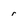
Character: r